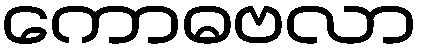
ကောဓဗလာ